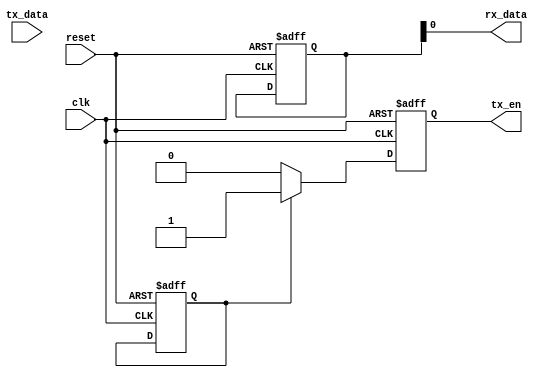
module Ethernet_Controller (
  input wire clk,              // clock input
  input wire reset,            // reset input
  input wire tx_data,          // input data for transmission
  output reg tx_en,            // transmission enable signal
  output wire rx_data          // received data
);

reg [7:0] data_reg;            // register to store data
reg tx_enable;                 // internal signal for transmission enable

// Timing control and synchronization logic
always @(posedge clk or posedge reset) begin
  if (reset) begin
    data_reg <= 8'b0;
    tx_enable <= 1'b0;
    tx_en <= 1'b0;
  end else begin
    if (tx_enable) begin
      tx_en <= 1'b1;
      // Transmission logic here
    end else begin
      tx_en <= 1'b0;
      // Reception logic here
    end
  end
end

assign rx_data = data_reg;     // output received data

endmodule